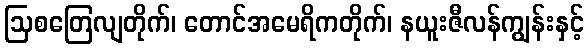
ဩစတြေလျတိုက်၊ တောင်အမေရိကတိုက်၊ နယူးဇီလန်ကျွန်းနှင့်